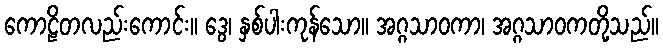
ကောဠိတလည်းကောင်း။ ဒွေ၊ နှစ်ပါးကုန်သော။ အဂ္ဂသာဝကာ၊ အဂ္ဂသာဝကတို့သည်။